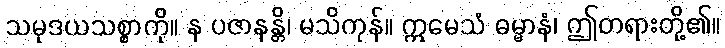
သမုဒယသစ္စာကို။ န ပဇာနန္တိ၊ မသိကုန်။ ဣမေသံ ဓမ္မာနံ၊ ဤတရားတို့၏။